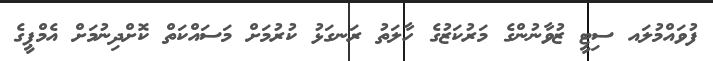
ފުވައްމުލައ ސިޓީ ޒުވާނުންގެ މަރުކަޒުގެ ހާލަތު ރަނގަޅު ކުރުމަށް މަސައްކަތް ކޮށްދިނުމަށް އެމްޕީގެ